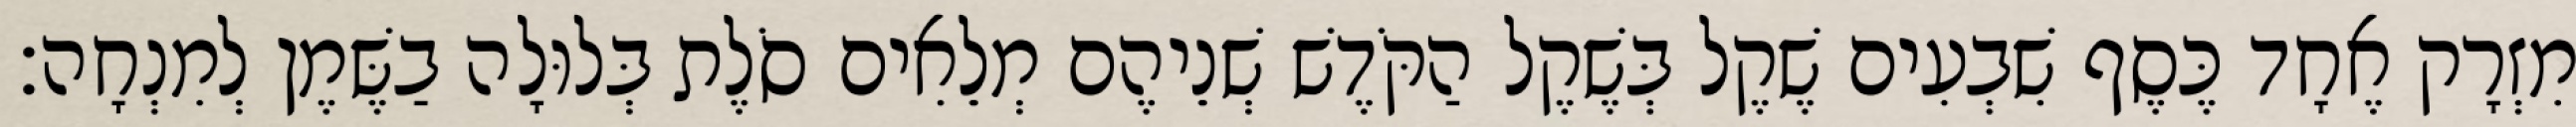
מִזְרָק אֶחָד כֶּסֶף שִׁבְעִים שֶׁקֶל בְּשֶׁקֶל הַקֹּדֶשׁ שְׁנֵיהֶם מְלֵאִים סֹלֶת בְּלוּלָה בַשֶּׁמֶן לְמִנְחָה׃